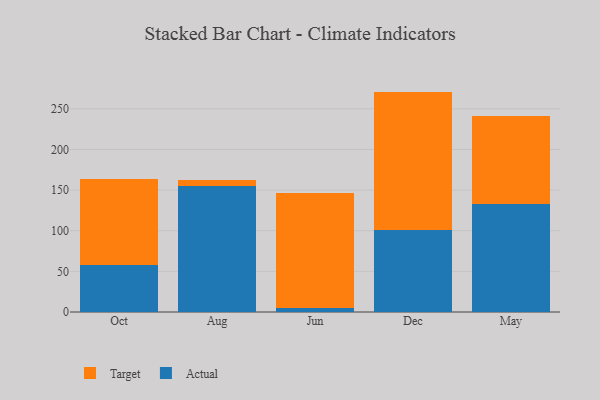
{"axis": {"x": "Month", "y": "Backlog"}, "legend": ["Actual", "Target"], "data": [{"x": "Oct", "y": 58.3, "type": "Actual"}, {"x": "Oct", "y": 105.9, "type": "Target"}, {"x": "Aug", "y": 155.6, "type": "Actual"}, {"x": "Aug", "y": 6.7, "type": "Target"}, {"x": "Jun", "y": 5.5, "type": "Actual"}, {"x": "Jun", "y": 141.1, "type": "Target"}, {"x": "Dec", "y": 101.1, "type": "Actual"}, {"x": "Dec", "y": 170.1, "type": "Target"}, {"x": "May", "y": 133.1, "type": "Actual"}, {"x": "May", "y": 108.5, "type": "Target"}]}